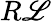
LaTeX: R\mathscr{L}